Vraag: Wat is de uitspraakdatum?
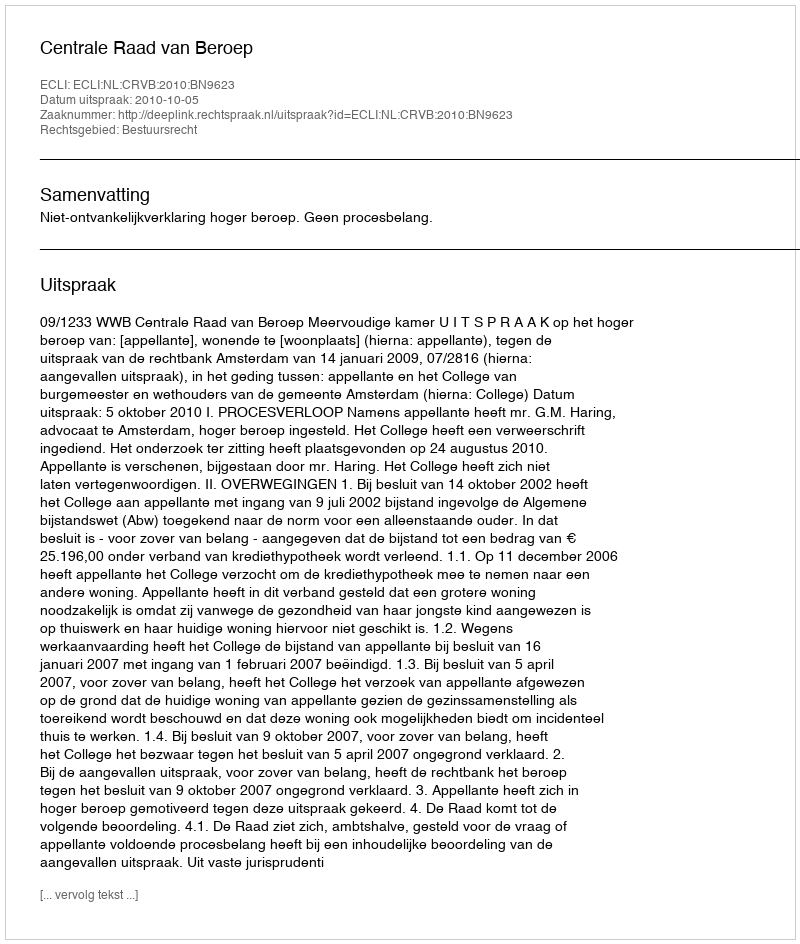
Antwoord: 2010-10-05